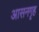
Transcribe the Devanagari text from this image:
आसनगृह